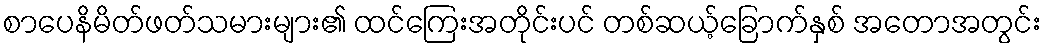
စာပေနိမိတ်ဖတ်သမားများ၏ ထင်ကြေးအတိုင်းပင် တစ်ဆယ့်ခြောက်နှစ် အတောအတွင်း